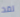
لقد